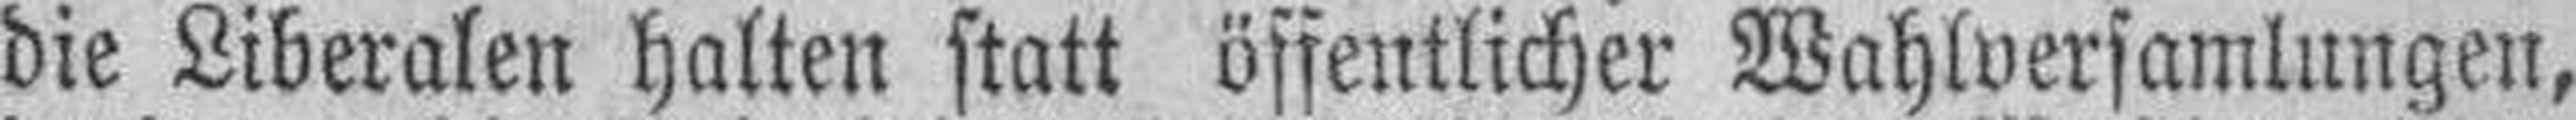
die Liberalen halten statt öffentlicher Wahlversamlungen,